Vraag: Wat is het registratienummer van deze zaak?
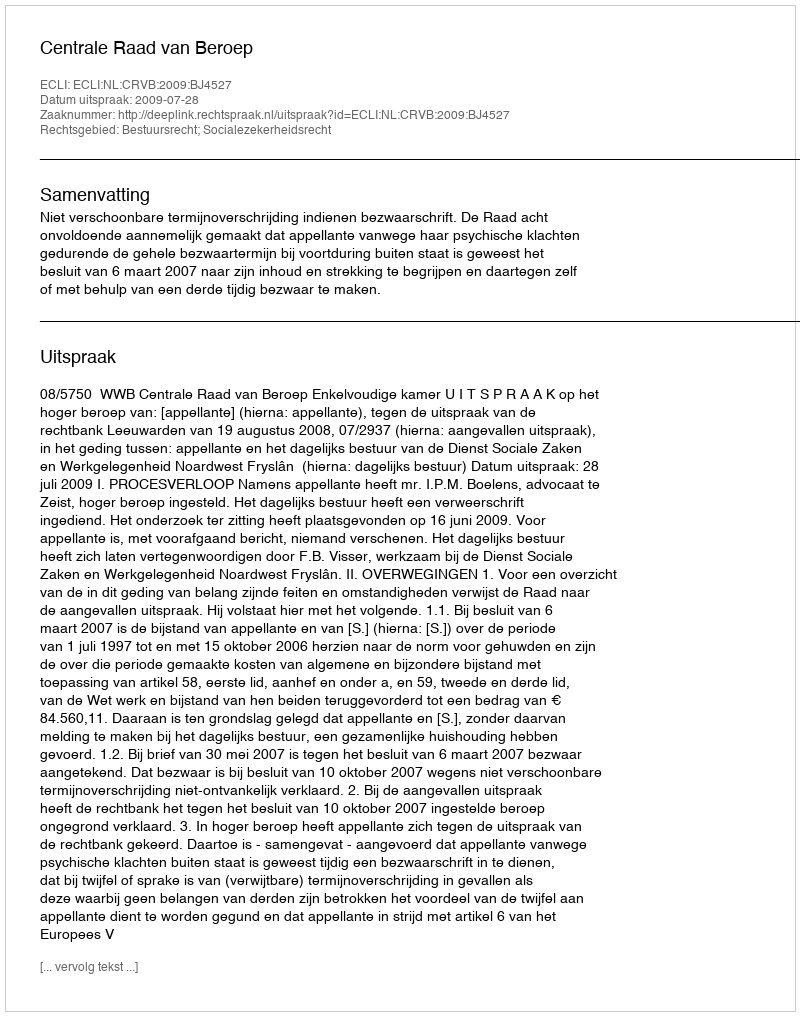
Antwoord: http://deeplink.rechtspraak.nl/uitspraak?id=ECLI:NL:CRVB:2009:BJ4527